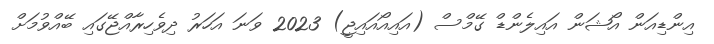
އިންޑިއަން އޯޝަން އައިލެންޑް ގޭމްސް (އައިއޯއައިޖީ) 2023 ވަނަ އަހަރު ދިވެހިރާއްޖޭގައި ބޭއްވުމަށް